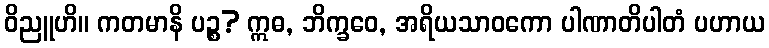
ဝိညူဟိ။ ကတမာနိ ပဉ္စ? ဣဓ, ဘိက္ခဝေ, အရိယသာဝကော ပါဏာတိပါတံ ပဟာယ